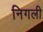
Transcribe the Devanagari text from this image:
निगली